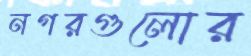
নগরগুলোর